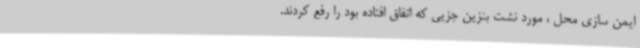
ایمن سازی محل ، مورد نشت بنزین جزیی که اتفاق افتاده بود را رفع کردند.